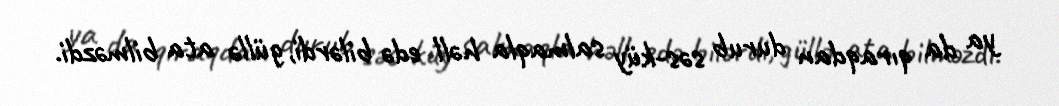
ya da qıraqdan durub səs-küy salmaqla həll edə bilərdi, güllə ata bilməzdi.